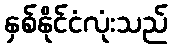
နှစ်နိုင်ငံလုံးသည်